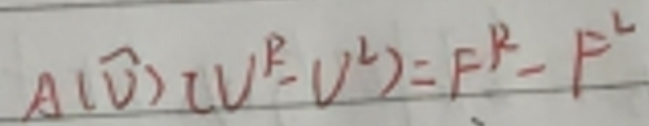
\[ A(\vec{U})(U^{R}-U^{L}) = F^{R}-F^{L} \]